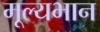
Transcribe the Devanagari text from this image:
मूल्यभान